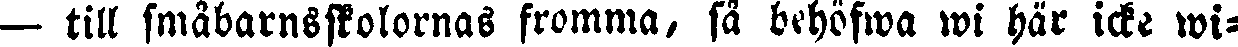
— till småbarnsskolornas fromma, så behöfwa wi här icke wi-